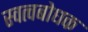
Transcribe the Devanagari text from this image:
स्वत्वबोधक